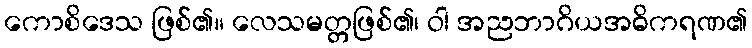
ကောစိဒေသ ဖြစ်၏။ လေသမတ္တဖြစ်၏၊ ဝါ အညဘာဂိယအဓိကရဏ၏